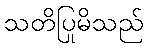
သတိပြုမိသည်